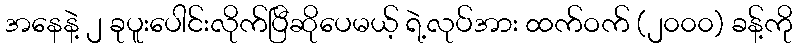
အနေနဲ့ ၂ ခုပူးပေါင်းလိုက်ပြီဆိုပေမယ့် ရဲ့လုပ်အား ထက်ဝက် (၂၀၀၀) ခန့်ကို